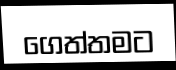
ගෙත්තමට